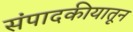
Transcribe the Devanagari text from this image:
संपादकीयातून